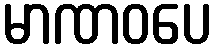
မာဏဝပေ